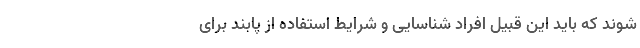
شوند که باید این قبیل افراد شناسایی و شرایط استفاده از پابند برای